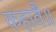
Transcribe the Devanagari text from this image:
कहावै॥